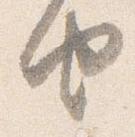
由